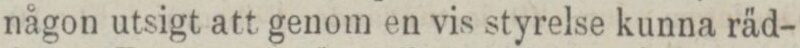
någon utsigt att genom en vis styrelse kunna räd-